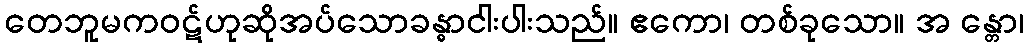
တေဘူမကဝဋ်ဟုဆိုအပ်သောခန္ဓာငါးပါးသည်။ ဧကော၊ တစ်ခုသော။ အ န္တော၊